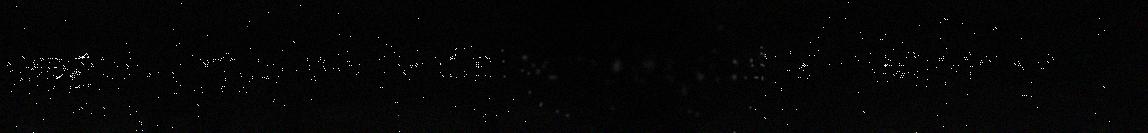
sægotuvvum, de læ dat almaken okta mærkalas